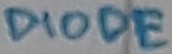
Text: DIODE